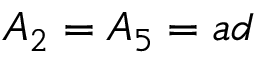
A _ { 2 } = A _ { 5 } = a d